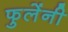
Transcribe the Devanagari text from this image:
फुलेंनी